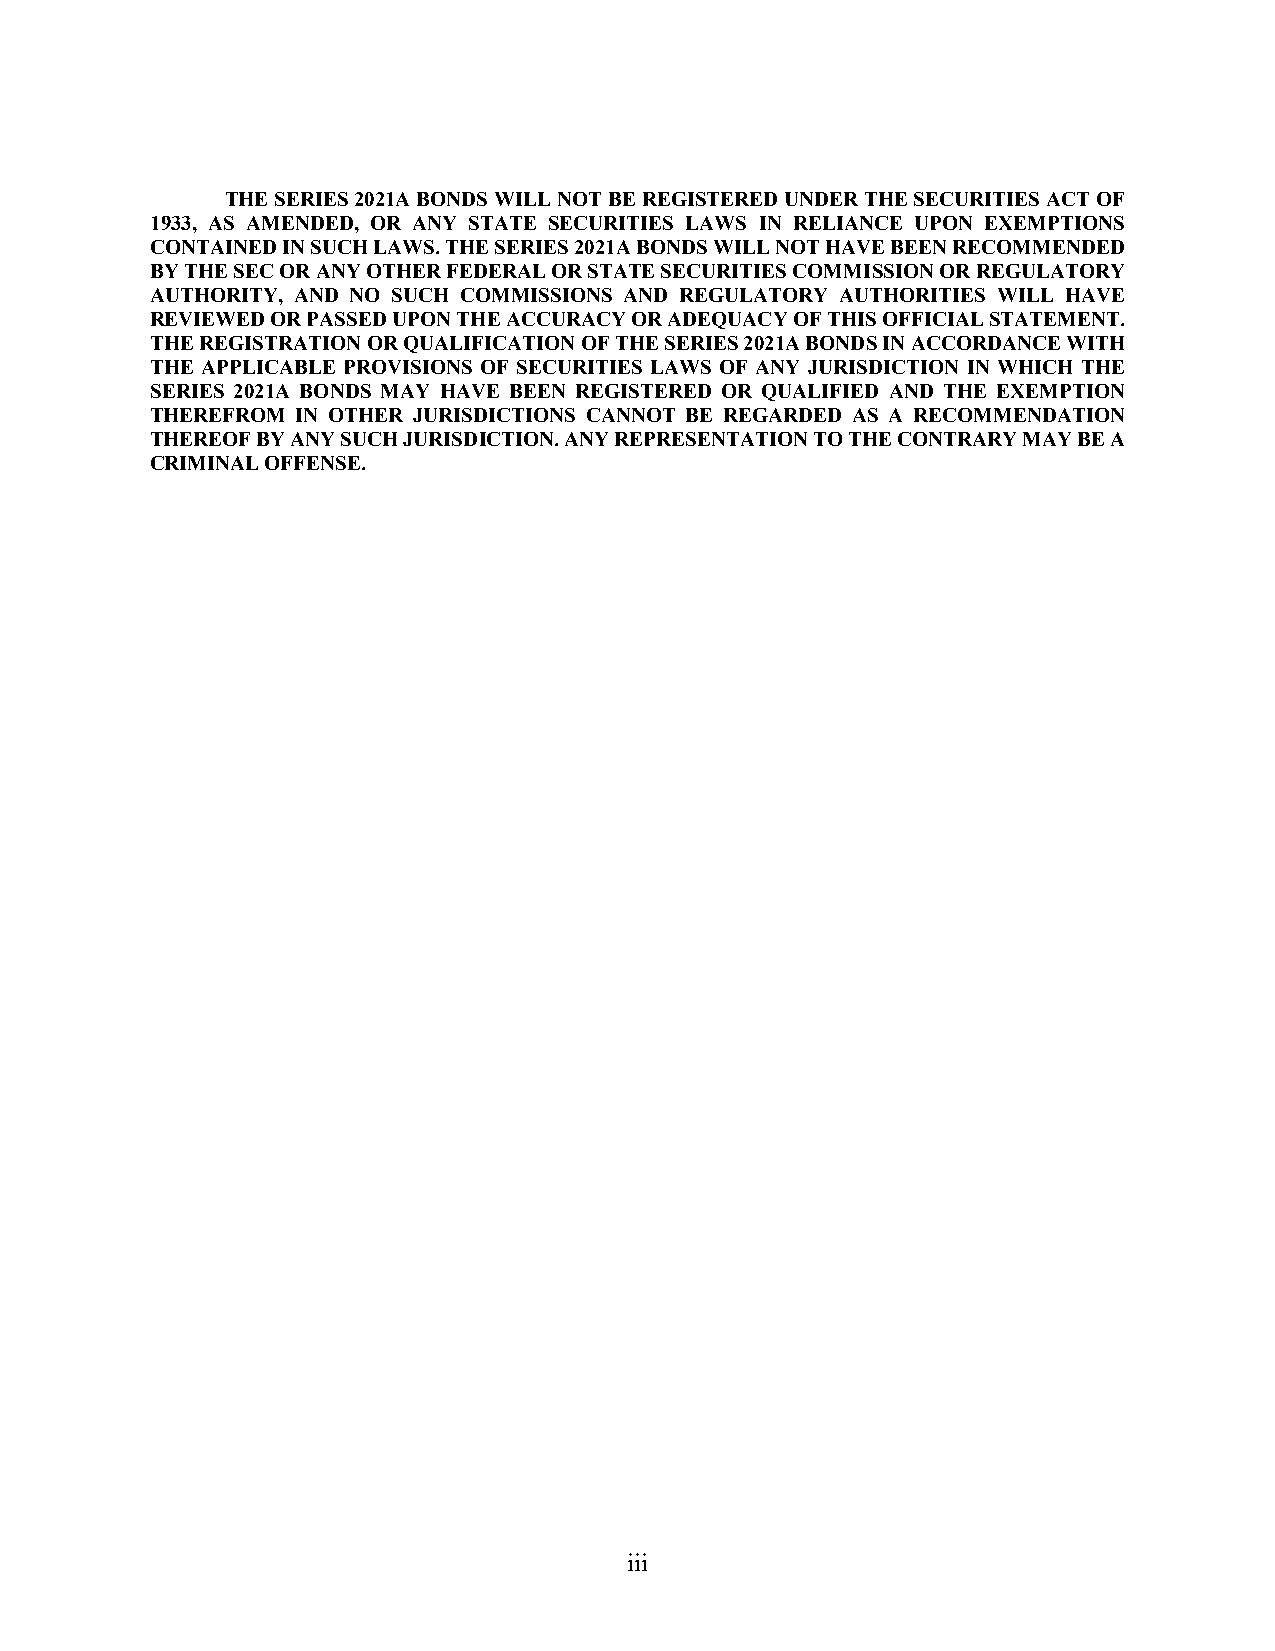
THE SERIES 2021A BONDS WILL NOT BE REGISTERED UNDER THE SECURITIES ACT OF
 1933, AS AMENDED, OR ANY STATE SECURITIES LAWS IN RELIANCE UPON EXEMPTIONS
 CONTAINED IN SUCH LAWS. THE SERIES 2021A BONDS WILL NOT HAVE BEEN RECOMMENDED
 BY THE SEC OR ANY OTHER FEDERAL OR STATE SECURITIES COMMISSION OR REGULATORY
 AUTHORITY, AND NO SUCH COMMISSIONS AND REGULATORY AUTHORITIES WILL HAVE
 REVIEWED OR PASSED UPON THE ACCURACY OR ADEQUACY OF THIS OFFICIAL STATEMENT.
 THE REGISTRATION OR QUALIFICATION OF THE SERIES 2021A BONDS IN ACCORDANCE WITH
 THE APPLICABLE PROVISIONS OF SECURITIES LAWS OF ANY JURISDICTION IN WHICH THE
 SERIES 2021A BONDS MAY HAVE BEEN REGISTERED OR QUALIFIED AND THE EXEMPTION
 THEREFROM IN OTHER JURISDICTIONS CANNOT BE REGARDED AS A RECOMMENDATION
 THEREOF BY ANY SUCH JURISDICTION. ANY REPRESENTATION TO THE CONTRARY MAY BE A
 CRIMINAL OFFENSE.
 iii